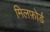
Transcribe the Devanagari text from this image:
मिलफ़ोर्ड